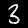
Label: 3